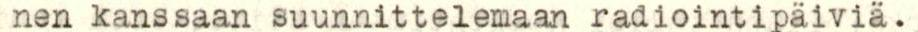
nen kanssaan suunnittelemaan radiointipäiviä.